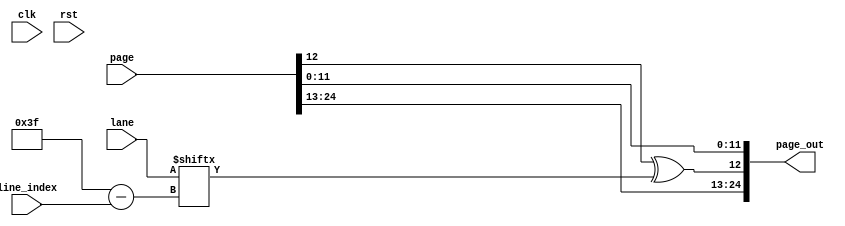
module addRC_func(clk, rst, line_index, page, lane, page_out);
    input clk, rst;
    input [5:0] line_index;
    input [24:0] page;
    input [0:63] lane;
    output reg [24:0] page_out;

    assign page_out[24:13] = page[24:13];
    assign page_out[12] = page[12] ^ lane[line_index];
    assign page_out[11:0] = page[11:0];

endmodule